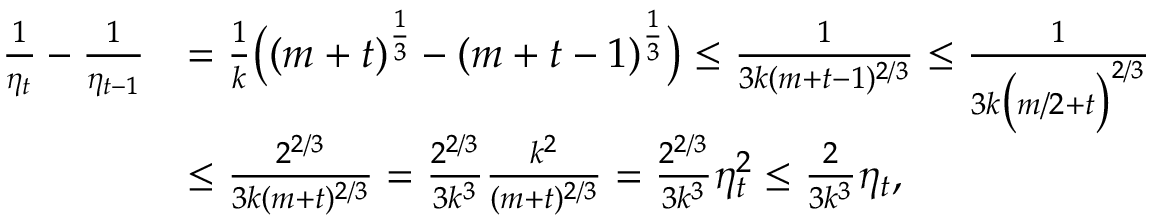
\begin{array} { r l } { \frac { 1 } { \eta _ { t } } - \frac { 1 } { \eta _ { t - 1 } } } & { = \frac { 1 } { k } \big ( ( m + t ) ^ { \frac { 1 } { 3 } } - ( m + t - 1 ) ^ { \frac { 1 } { 3 } } \big ) \leq \frac { 1 } { 3 k ( m + t - 1 ) ^ { 2 / 3 } } \leq \frac { 1 } { 3 k \big ( m / 2 + t \big ) ^ { 2 / 3 } } } \\ & { \leq \frac { 2 ^ { 2 / 3 } } { 3 k ( m + t ) ^ { 2 / 3 } } = \frac { 2 ^ { 2 / 3 } } { 3 k ^ { 3 } } \frac { k ^ { 2 } } { ( m + t ) ^ { 2 / 3 } } = \frac { 2 ^ { 2 / 3 } } { 3 k ^ { 3 } } \eta _ { t } ^ { 2 } \leq \frac { 2 } { 3 k ^ { 3 } } \eta _ { t } , } \end{array}